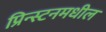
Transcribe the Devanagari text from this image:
प्रिन्स्टनमधील